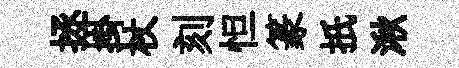
拯掛杖刻怛篆扺湫